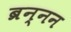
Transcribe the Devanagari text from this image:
ब्रन्नन